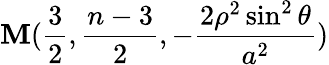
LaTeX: \mathbf{M}(\frac{{3}}{{2}},\frac{{n-3}}{{2}},-\frac{{2\rho^{2}\sin^{2}\theta}}{{a^{2}}})